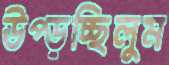
উপ্‌ড়চ্ছিলুম